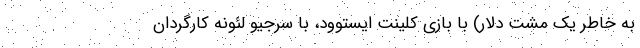
به خاطر یک مشت دلار) با بازی کلینت ایستوود، با سرجیو لئونه کارگردان